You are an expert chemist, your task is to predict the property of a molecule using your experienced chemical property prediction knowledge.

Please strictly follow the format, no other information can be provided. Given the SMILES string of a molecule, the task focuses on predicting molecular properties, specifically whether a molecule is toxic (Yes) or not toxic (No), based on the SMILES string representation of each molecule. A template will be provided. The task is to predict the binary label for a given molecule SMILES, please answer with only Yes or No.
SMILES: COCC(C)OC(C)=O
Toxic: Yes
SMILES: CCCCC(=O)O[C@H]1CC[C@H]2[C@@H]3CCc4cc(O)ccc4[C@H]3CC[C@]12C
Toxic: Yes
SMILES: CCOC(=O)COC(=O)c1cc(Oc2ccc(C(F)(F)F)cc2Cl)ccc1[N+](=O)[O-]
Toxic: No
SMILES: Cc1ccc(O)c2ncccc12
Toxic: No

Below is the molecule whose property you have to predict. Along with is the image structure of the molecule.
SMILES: O=C(O)Cc1csc(-c2ccc(Cl)cc2)n1
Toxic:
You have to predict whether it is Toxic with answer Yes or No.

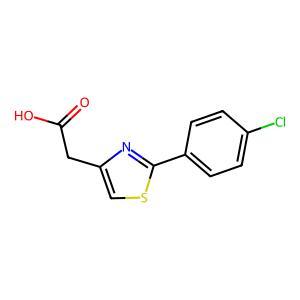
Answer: No